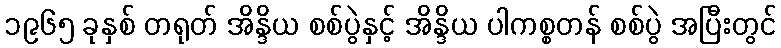
၁၉၆၅ ခုနှစ် တရုတ် အိန္ဒိယ စစ်ပွဲနှင့် အိန္ဒိယ ပါကစ္စတန် စစ်ပွဲ အပြီးတွင်